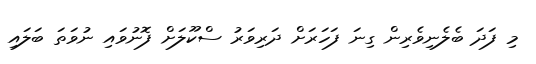
މި ފަދަ ބެލެނިވެރިން ގިނަ ފަހަރަށް ދަރިވަރު ސްކޫލަށް ފޮނުވައި ނުވަތަ ބަލައި